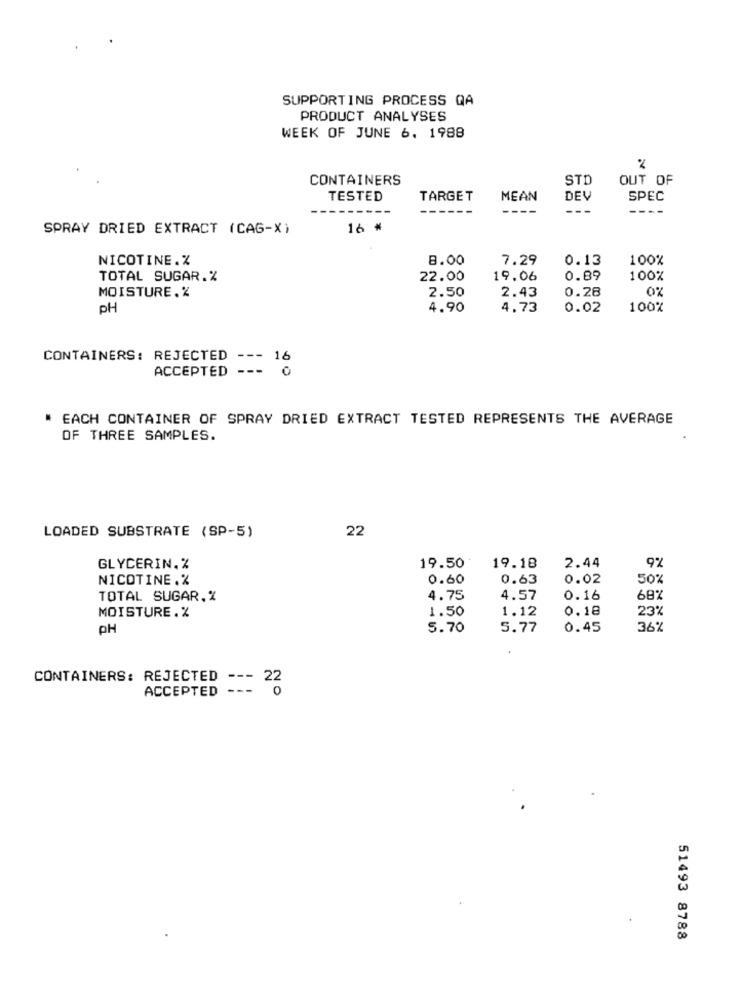
SUPPORTING PROCESS QA
PRODUCT ANALYSES
WEEK OF JUNE 6. 1988
%
CONTAINERS
STD
OUT OF
TESTED
TARGET
MEAN
DEV
SPEC
---
---
SPRAY DRIED EXTRACT (CAG-X)
16 *
NICOTINE.%
8.00
7.29
0.13
100%
TOTAL SUGAR.%
22.00
19.06
0.89
100%
MOISTURE.%
2.50
2.43
0.28
0%
PH
4.90
4.73
0.02
100%
CONTAINERS: REJECTED --- 16
ACCEPTED --- 0
" EACH CONTAINER OF SPRAY DRIED EXTRACT TESTED REPRESENTS THE AVERAGE
OF THREE SAMPLES.
22
LOADED SUBSTRATE (SP-5)
GLYCERIN, %
19.50
19.18
2.44
9%
NICOTINE.%
0.60
0.63
0.02
50%
TOTAL SUGAR,%
4.75
4.57
0.16
68%
MOISTURE.%
1.50
1.12
0.18
23%
PH
5.70
5.77
0.45
36%
CONTAINERS: REJECTED
--- 22
ACCEPTED
51493 8788